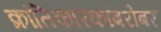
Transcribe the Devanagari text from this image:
क्रांतिकारकांबरोबर